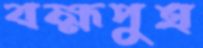
বহ্মপুত্র